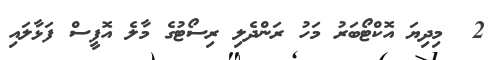
2  މިދިޔަ އޮކްޓޯބަރު މަހު ރަންދެލި ރިސޯޓުގެ މާލެ އޮފީސް ފަޅާލައި